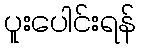
ပူးပေါင်းရန်